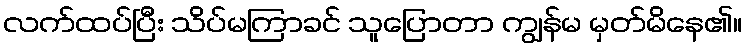
လက်ထပ်ပြီး သိပ်မကြာခင် သူပြောတာ ကျွန်မ မှတ်မိနေ၏။